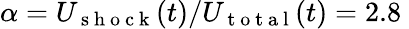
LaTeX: \alpha=U_{\mathrm{~s~h~o~c~k~}}(t)/U_{\mathrm{~t~o~t~a~l~}}(t)=2.8\